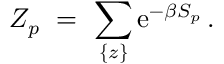
Z _ { p } ~ = ~ \sum _ { \{ z \} } \mathrm { e } ^ { - \beta S _ { p } } \, .